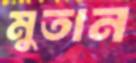
মুতান